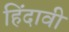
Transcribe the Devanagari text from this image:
हिंदावी